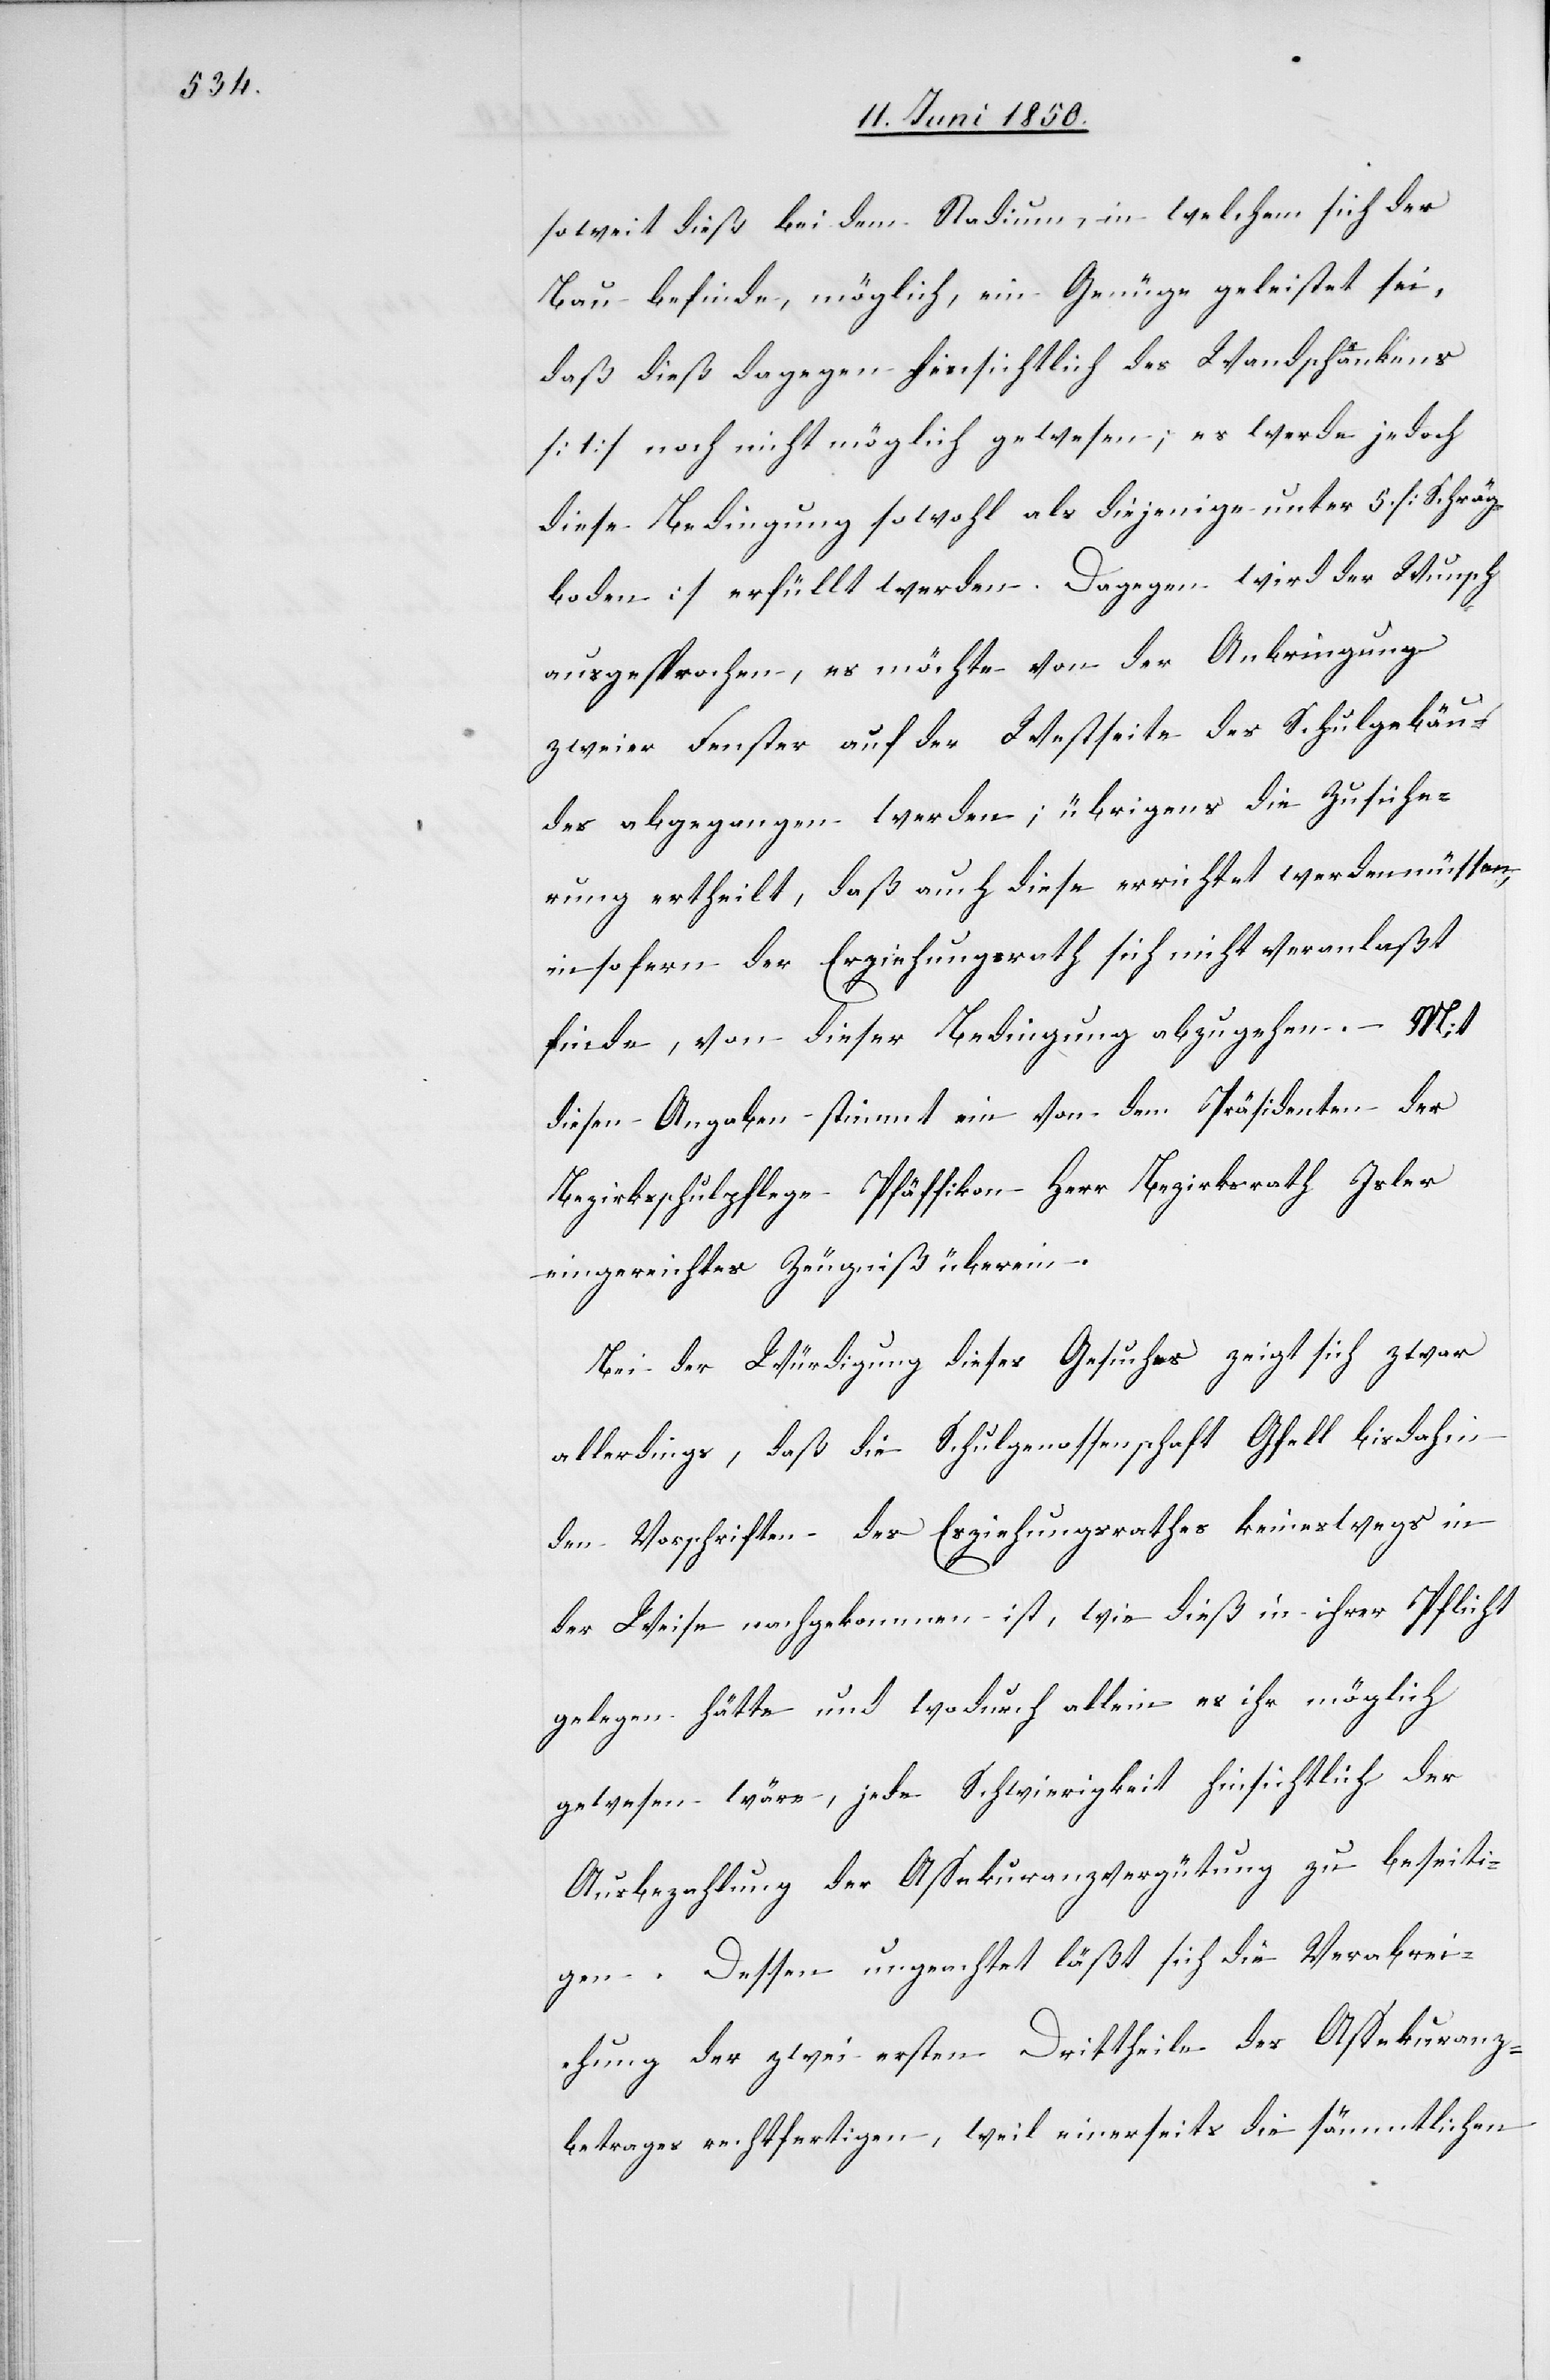
soweit dieß dem Stadium, in welchem sich der
Bau befinde, möglich, ein Genüge geleistet sei,
daß dieß dagegen hinsichtlich des Wandschrankens
[1] noch nicht möglich gewesen; es werde jedoch
diese Bedingung sowohl als diejenige unter 5. [Schräg¬
boden] erfüllt werden. Dagegen wird der Wunsch
ausgesprochen, es möchte von der Anbringung
zweier Fenster auf der Westseite des Schulgebäu¬
des abgegangen werden; übrigens die Zusiche¬
rung ertheilt, daß auch diese errichtet werden müssen,
in sofern der Erziehungsrath sich nicht veranlaßt
finde, von dieser Bedingung abzugehen. – Mit
diesen Angaben stimmt ein von dem Präsidenten der
Bezirksschulpflege Pfäffikon Herr Bezirksrath Isler
eingereichtes Zeugniß überein.
Bei der Würdigung dieses Gesuches zeigt sich zwar
allerdings, daß die Schulgenossenschaft Gfell bisdahin
den Vorschriften des Erziehungsrathes keineswegs in
der Weise nachgekommen ist, wie dieß in ihrer Pflicht
gelegen hätte und wodurch allein es ihr möglich
gewesen wäre, jede Schwierigkeit hinsichtlich der
Ausbezahlung der Assekuranzvergütung zu beseiti¬
gen. Dessen ungeachtet läßt sich die Verabrei¬
chung der zwei ersten Drittheile des Assekuranz¬
betrages rechtfertigen, weil einerseits die sämmtlichen